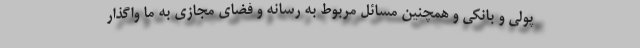
پولی و بانکی و همچنین مسائل مربوط به رسانه و فضای مجازی به ما واگذار